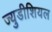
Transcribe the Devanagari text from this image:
ज्युडीशियल